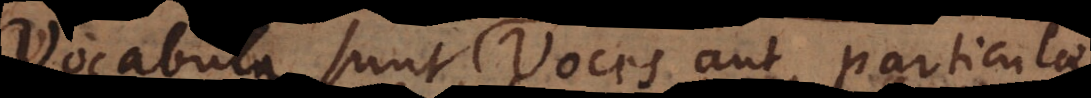
Vocabula sunt Voces aut particula